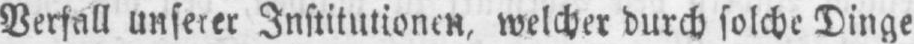
Verfall unserer Institutionen, welcher durch solche Dinge